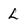
Character: L